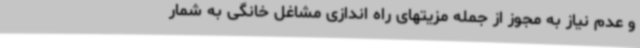
و عدم نیاز به مجوز از جمله مزیتهای راه اندازی مشاغل خانگی به شمار